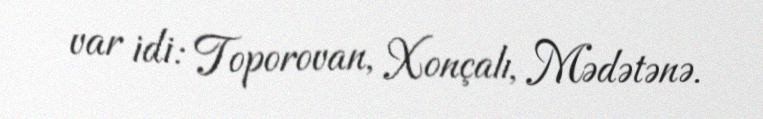
var idi: Toporovan, Xonçalı, Mədətənə.